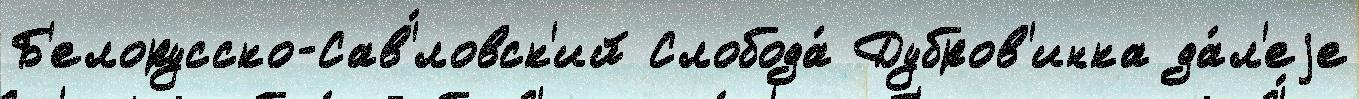
Б'елорусско-Сав'́ловск'ий Слобода́ Дубров'инка да́л'еjе